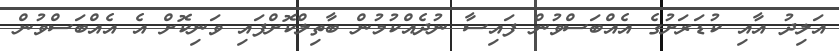
އަލިދު އާއި ކުޑަރަށުގެ އެއްބަސްވުން ފައިސާ ނުދެއްކުމުން ބާތިލްކޮށްފައި ވަނިކޮށް އެ އެއްބަސްވުން